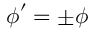
\boldsymbol \phi ^ { \prime } = \pm \boldsymbol \phi